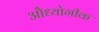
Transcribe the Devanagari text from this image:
औध्योगीक